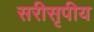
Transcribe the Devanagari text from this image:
सरीसृपीय